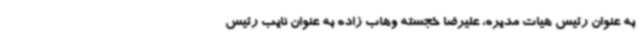
به عنوان رئیس هیات مدیره، علیرضا خجسته وهاب زاده به عنوان نایب رئیس